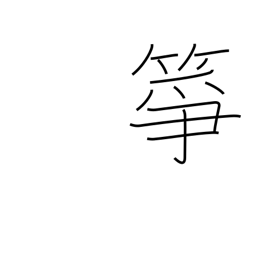
Meaning: a koto